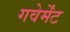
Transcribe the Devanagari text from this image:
गवेर्मेंट